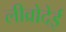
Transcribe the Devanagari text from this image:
लीव्रोदेई